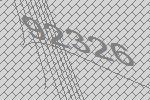
92326